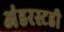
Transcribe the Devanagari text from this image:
अंडरस्टडी